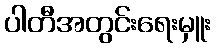
ပါတီအတွင်းရေးမှူး